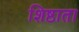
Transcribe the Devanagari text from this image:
शिष्ठाता